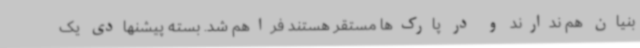
بنیان هم ندارند و در پارک‌ها مستقر هستند فراهم شد. بسته پیشنهادی یک